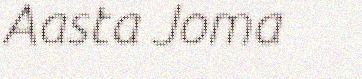
Aasta Joma